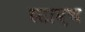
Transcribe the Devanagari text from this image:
स्टाएच